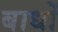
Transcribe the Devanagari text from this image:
बाधों